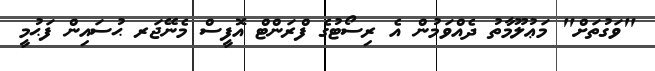
"ވަގުތަށް" މަޢުލޫމާތު ދެއްވަމުން އެ ރިސޯޓުގެ ފްރަންޓް އޮފީސް މެނޭޖަރ ޙުސައިން ފަޙުމީ